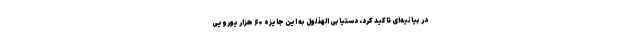
در بیانیه‌ای تاکید کرد، دستیابی الهذلول به این جایزه ۶۰ هزار یورویی